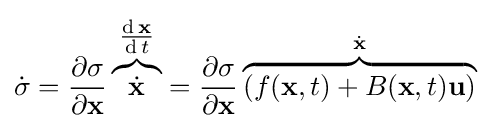
{\dot {\sigma }}={\frac {\partial \sigma }{\partial \mathbf {x} }}\overbrace {\dot {\mathbf {x} }} ^{\tfrac {\operatorname {d} \mathbf {x} }{\operatorname {d} t}}={\frac {\partial \sigma }{\partial \mathbf {x} }}\overbrace {\left(f(\mathbf {x} ,t)+B(\mathbf {x} ,t)\mathbf {u} \right)} ^{\dot {\mathbf {x} }}